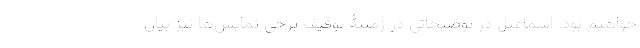
خواهیم بود. اسماعیل در توضیحاتی در زمینۀ توقیف برخی نمایش‌ها نیز بیان